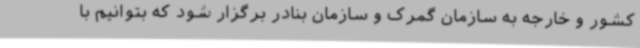
کشور و خارجه به سازمان گمرک و سازمان بنادر برگزار شود که بتوانیم با